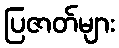
ပြဇာတ်များ